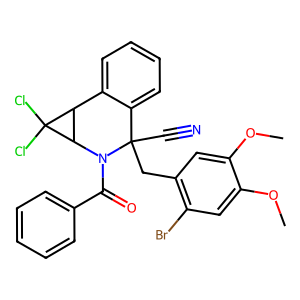
SMILES: COc1cc(Br)c(CC2(C#N)c3ccccc3C3C(N2C(=O)c2ccccc2)C3(Cl)Cl)cc1OC
Inhibits HIV replication: No